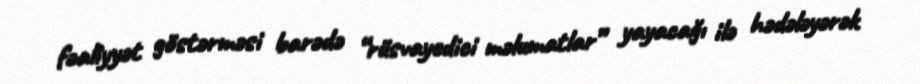
fəaliyyət göstərməsi barədə “rüsvayedici məlumatlar” yayacağı ilə hədələyərək